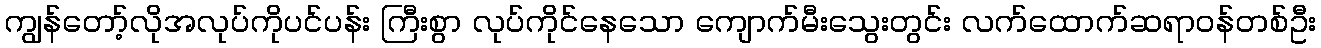
ကျွန်တော့်လိုအလုပ်ကိုပင်ပန်း ကြီးစွာ လုပ်ကိုင်နေသော ကျောက်မီးသွေးတွင်း လက်ထောက်ဆရာဝန်တစ်ဦး